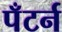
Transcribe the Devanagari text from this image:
पँटर्न